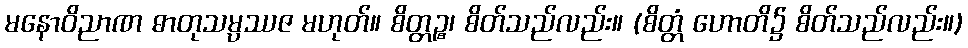
မနောဝိညာဏ ဓာတုသမ္ပဿဇ မဟုတ်။ စိတ္တဉ္စ၊ စိတ်သည်လည်း။ (စိတ္တံ ဟောတိ၌ စိတ်သည်လည်း။)